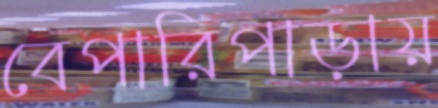
বেপারিপাড়ায়